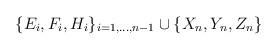
LaTeX: \begin{align*}\{E_i, F_i, H_i \}_{i=1,\ldots, n-1} \cup \{ X_n, Y_{n}, Z_n\}\end{align*}